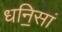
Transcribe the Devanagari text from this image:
धनि॒सां